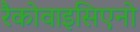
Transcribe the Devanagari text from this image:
रैकोवाइसिएनो